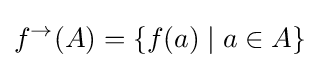
f^{\rightarrow }(A)=\{f(a)\;|\;a\in A\}